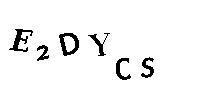
E2DYCS